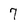
Character: 7